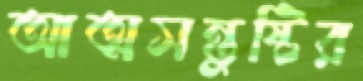
আত্মসন্তুষ্টির